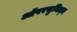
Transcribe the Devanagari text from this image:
ऑपरचुनिज़्म